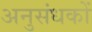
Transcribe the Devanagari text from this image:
अनुसंधकों